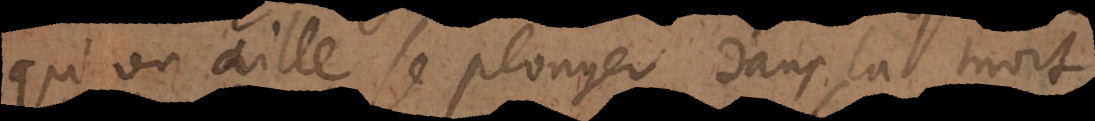
qu’on aille se plonger dans la mort